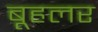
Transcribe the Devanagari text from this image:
बूहलर